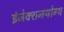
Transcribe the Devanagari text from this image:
इंजेक्शनयोग्य